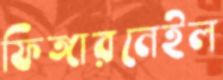
ফিঙ্গারনেইল